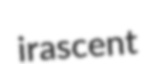
irascent